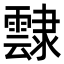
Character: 霴